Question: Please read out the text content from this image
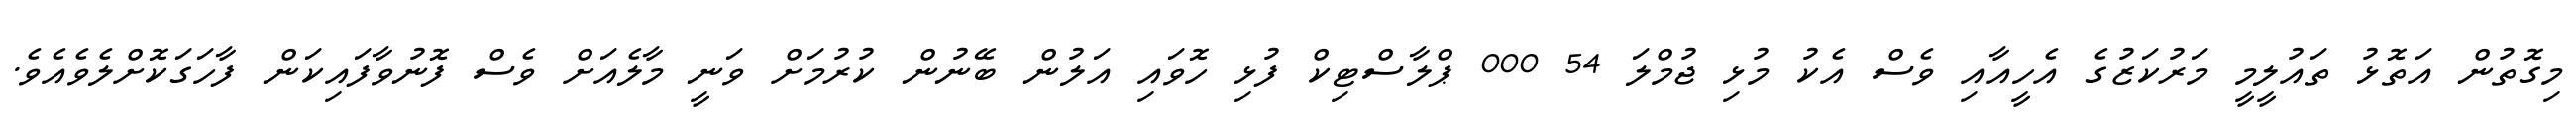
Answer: މިގޮތުން އަތޮޅު ތައުލީމީ މަރުކަޒުގެ އެހީއާއި ވެސް އެކު މުޅި ޖުމްލަ 54 000 ޕްލާސްޓިކް ފުޅި ހޮވައި އަލުން ބޭނުން ކުރުމަށް ވަނީ މާލެއަށް ވެސް ފޮނުވާފައިކަން ފާހަގަކޮށްލެވެއެވެ.